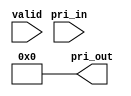
/////////////////////////////////////////////////////////////////////
////                                                             ////
////  WISHBONE Connection Matrix Priority Decoder                ////
////                                                             ////
////                                                             ////
////          rudi@asics.ws                                      ////
////                                                             ////
////                                                             ////
////  Downloaded from: http://www.opencores.org/cores/wb_conmax/ ////
////                                                             ////
/////////////////////////////////////////////////////////////////////
////                                                             ////
//// Copyright (C) 2000-2002 Rudolf Usselmann                    ////
////                         www.asics.ws                        ////
////                         rudi@asics.ws                       ////
////                                                             ////
//// This source file may be used and distributed without        ////
//// restriction provided that this copyright statement is not   ////
//// removed from the file and that any derivative work contains ////
//// the original copyright notice and the associated disclaimer.////
////                                                             ////
////     THIS SOFTWARE IS PROVIDED ``AS IS'' AND WITHOUT ANY     ////
//// EXPRESS OR IMPLIED WARRANTIES, INCLUDING, BUT NOT LIMITED   ////
//// TO, THE IMPLIED WARRANTIES OF MERCHANTABILITY AND FITNESS   ////
//// FOR A PARTICULAR PURPOSE. IN NO EVENT SHALL THE AUTHOR      ////
//// OR CONTRIBUTORS BE LIABLE FOR ANY DIRECT, INDIRECT,         ////
//// INCIDENTAL, SPECIAL, EXEMPLARY, OR CONSEQUENTIAL DAMAGES    ////
//// (INCLUDING, BUT NOT LIMITED TO, PROCUREMENT OF SUBSTITUTE   ////
//// GOODS OR SERVICES; LOSS OF USE, DATA, OR PROFITS; OR        ////
//// BUSINESS INTERRUPTION) HOWEVER CAUSED AND ON ANY THEORY OF  ////
//// LIABILITY, WHETHER IN  CONTRACT, STRICT LIABILITY, OR TORT  ////
//// (INCLUDING NEGLIGENCE OR OTHERWISE) ARISING IN ANY WAY OUT  ////
//// OF THE USE OF THIS SOFTWARE, EVEN IF ADVISED OF THE         ////
//// POSSIBILITY OF SUCH DAMAGE.                                 ////
////                                                             ////
/////////////////////////////////////////////////////////////////////

//  CVS Log
//
//  $Id: wb_conmax_pri_dec.v,v 1.2 2002-10-03 05:40:07 rudi Exp $
//
//  $Date: 2002-10-03 05:40:07 $
//  $Revision: 1.2 $
//  $Author: rudi $
//  $Locker:  $
//  $State: Exp $
//
// Change History:
//               $Log: not supported by cvs2svn $
//               Revision 1.1.1.1  2001/10/19 11:01:42  rudi
//               WISHBONE CONMAX IP Core
//
//
//
//
//


module wb_conmax_pri_dec(valid, pri_in, pri_out);

////////////////////////////////////////////////////////////////////
//
// Module Parameters
//

parameter [1:0]	pri_sel = 2'd0;

////////////////////////////////////////////////////////////////////
//
// Module IOs
//

input		valid;
input	[1:0]	pri_in;
output	[3:0]	pri_out;

////////////////////////////////////////////////////////////////////
//
// Local Wires
//

wire	[3:0]	pri_out;
reg	[3:0]	pri_out_d0;
reg	[3:0]	pri_out_d1;

////////////////////////////////////////////////////////////////////
//
// Priority Decoder
//

// 4 Priority Levels
always @(valid or pri_in)
	if(!valid)		pri_out_d1 = 4'b0001;
	else
	if(pri_in==2'h0)	pri_out_d1 = 4'b0001;
	else
	if(pri_in==2'h1)	pri_out_d1 = 4'b0010;
	else
	if(pri_in==2'h2)	pri_out_d1 = 4'b0100;
	else			pri_out_d1 = 4'b1000;

// 2 Priority Levels
always @(valid or pri_in)
	if(!valid)		pri_out_d0 = 4'b0001;
	else
	if(pri_in==2'h0)	pri_out_d0 = 4'b0001;
	else			pri_out_d0 = 4'b0010;

// Select Configured Priority

assign pri_out = (pri_sel==2'd0) ? 4'h0 : ( (pri_sel==1'd1) ? pri_out_d0 : pri_out_d1 );

endmodule